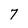
Character: 7